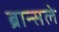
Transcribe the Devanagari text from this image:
ब्रान्सले